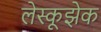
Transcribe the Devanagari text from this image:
लेस्कूझेक